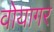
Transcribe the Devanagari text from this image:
वोयागर